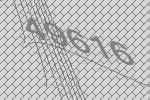
49616